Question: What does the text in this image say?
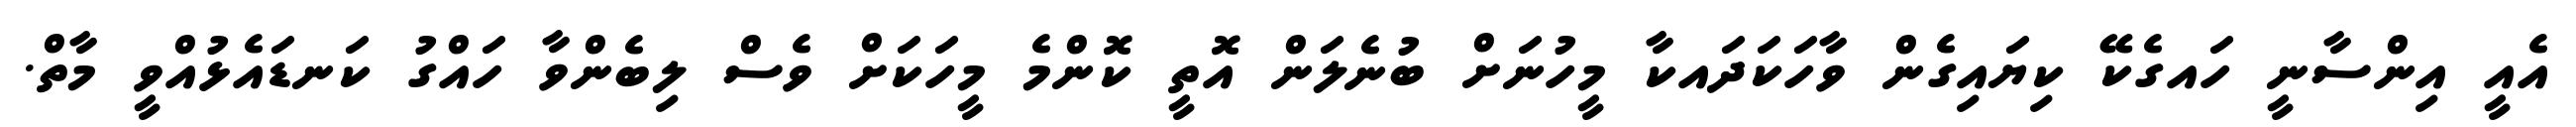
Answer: އެއީ އިންސާނީ ހައގެކޭ ކިޔައިގެން ވާހަކަދައކާ މީހުނަށް ބުނެލަން އޮތީ ކޮންމެ މީހަކަށް ވެސް ލިބެންވާ ހައްގު ކަނޑައެޅުއްވީ މާތް.